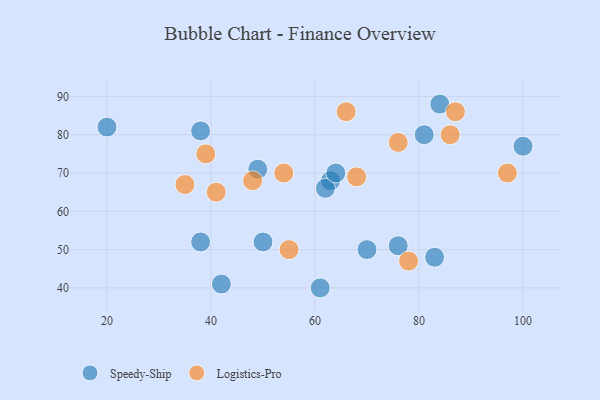
{"axis": {"x": "GDP", "y": "Life Expectancy"}, "legend": ["Logistics-Pro", "Speedy-Ship"], "data": [{"x": "38", "y": 52, "type": "Speedy-Ship"}, {"x": "38", "y": 81, "type": "Speedy-Ship"}, {"x": "76", "y": 51, "type": "Speedy-Ship"}, {"x": "63", "y": 68, "type": "Speedy-Ship"}, {"x": "42", "y": 41, "type": "Speedy-Ship"}, {"x": "83", "y": 48, "type": "Speedy-Ship"}, {"x": "84", "y": 88, "type": "Speedy-Ship"}, {"x": "49", "y": 71, "type": "Speedy-Ship"}, {"x": "81", "y": 80, "type": "Speedy-Ship"}, {"x": "62", "y": 66, "type": "Speedy-Ship"}, {"x": "64", "y": 70, "type": "Speedy-Ship"}, {"x": "70", "y": 50, "type": "Speedy-Ship"}, {"x": "100", "y": 77, "type": "Speedy-Ship"}, {"x": "20", "y": 82, "type": "Speedy-Ship"}, {"x": "61", "y": 40, "type": "Speedy-Ship"}, {"x": "50", "y": 52, "type": "Speedy-Ship"}, {"x": "48", "y": 68, "type": "Logistics-Pro"}, {"x": "39", "y": 75, "type": "Logistics-Pro"}, {"x": "86", "y": 80, "type": "Logistics-Pro"}, {"x": "68", "y": 69, "type": "Logistics-Pro"}, {"x": "66", "y": 86, "type": "Logistics-Pro"}, {"x": "41", "y": 65, "type": "Logistics-Pro"}, {"x": "55", "y": 50, "type": "Logistics-Pro"}, {"x": "78", "y": 47, "type": "Logistics-Pro"}, {"x": "35", "y": 67, "type": "Logistics-Pro"}, {"x": "97", "y": 70, "type": "Logistics-Pro"}, {"x": "87", "y": 86, "type": "Logistics-Pro"}, {"x": "76", "y": 78, "type": "Logistics-Pro"}, {"x": "54", "y": 70, "type": "Logistics-Pro"}]}